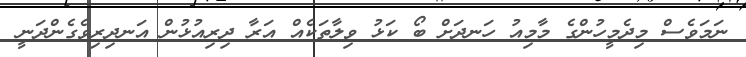
ނަމަވެސް މިދެމީހުންގެ މާމިއު ހަނދަށް ބޯ ކަޅު ވިލާތަކެއް އަރާ ދިރިއުޅުން އަނދިރިވެގެންދަނީ